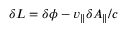
\begin{array} { r } { \delta L = \delta \phi - v _ { \parallel } \delta A _ { \parallel } / c } \end{array}